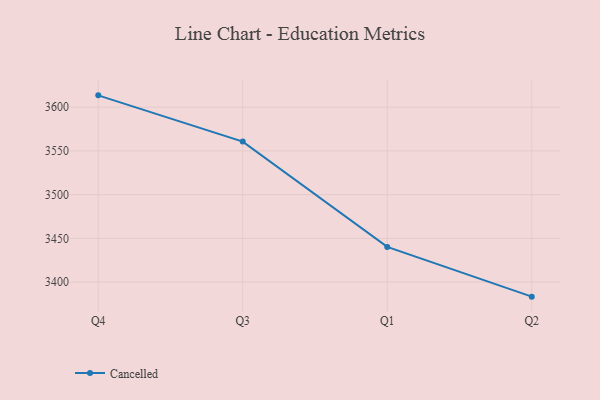
{"axis": {"x": "Quarter", "y": "Production Output"}, "legend": ["Cancelled"], "data": [{"x": "Q4", "y": 3613.5, "type": "Cancelled"}, {"x": "Q3", "y": 3560.6, "type": "Cancelled"}, {"x": "Q1", "y": 3440.2, "type": "Cancelled"}, {"x": "Q2", "y": 3383.3, "type": "Cancelled"}]}